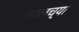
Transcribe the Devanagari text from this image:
रमलच्या